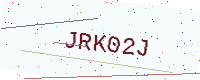
Text: JRK02J